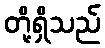
တို့ရှိသည်